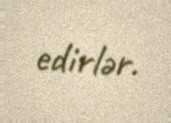
edirlər.